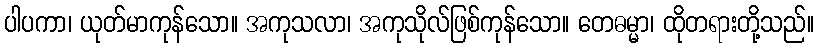
ပါပကာ၊ ယုတ်မာကုန်သော။ အကုသလာ၊ အကုသိုလ်ဖြစ်ကုန်သော။ တေဓမ္မာ၊ ထိုတရားတို့သည်။